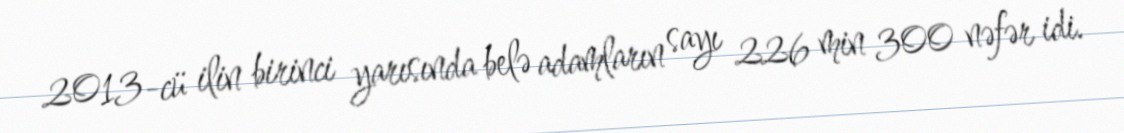
2013-cü ilin birinci yarısında belə adamların sayı 226 min 300 nəfər idi.